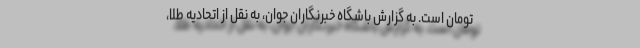
تومان است. به گزارش باشگاه خبرنگاران جوان، به نقل از اتحادیه طلا،